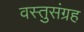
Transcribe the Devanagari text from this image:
वस्तुसंग्रह